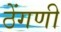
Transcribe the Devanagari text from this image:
ठेंगणी